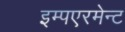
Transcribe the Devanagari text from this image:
इम्पएरमेन्ट